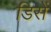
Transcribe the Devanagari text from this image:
डिसें